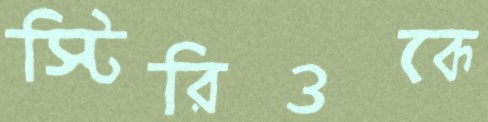
স্টিরিওকে